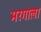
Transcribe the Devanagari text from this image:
मरगाला